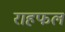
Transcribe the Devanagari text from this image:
राहफल